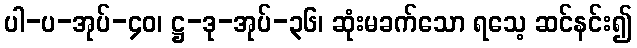
ပါ-ပ-အုပ်-၄၀၊ ဋ္ဌ-ဒု-အုပ်-၃၆၊ ဆုံးမခက်သော ရသေ့ ဆင်နင်း၍